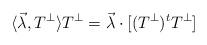
LaTeX: \begin{align*}\langle \vec\lambda, T^{\perp} \rangle T^{\perp}= \vec\lambda \cdot [(T^{\perp})^{t} T^{\perp}] \end{align*}